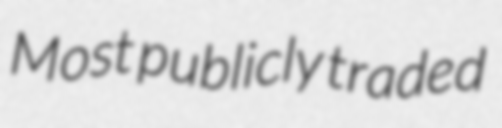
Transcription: Most publicly traded